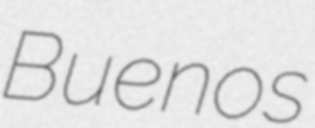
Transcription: Buenos